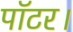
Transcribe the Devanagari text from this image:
पॉटर।